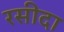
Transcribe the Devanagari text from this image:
रसीदा